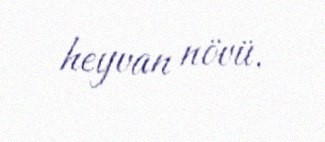
heyvan növü.